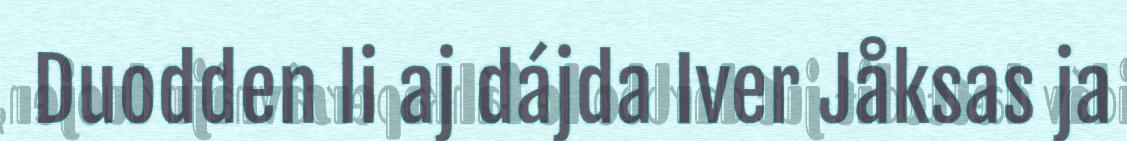
Duodden li aj dájda Iver Jåksas ja